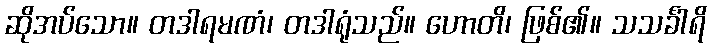
ဆိုအပ်သော။ တဒါရမဏံ၊ တဒါရုံသည်။ ဟောတိ၊ ဖြစ်၏။ သသင်္ခါရိ